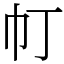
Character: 帄